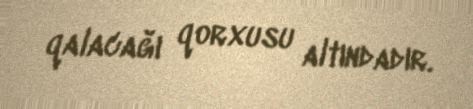
qalacağı qorxusu altındadır.